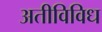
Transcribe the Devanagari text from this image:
अतीविविध